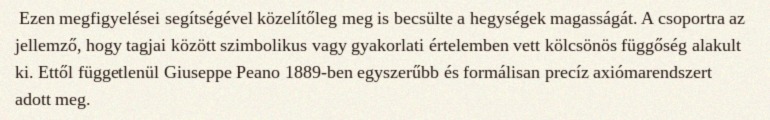
Ezen megfigyelései segítségével közelítőleg meg is becsülte a hegységek magasságát. A csoportra az jellemző, hogy tagjai között szimbolikus vagy gyakorlati értelemben vett kölcsönös függőség alakult ki. Ettől függetlenül Giuseppe Peano 1889-ben egyszerűbb és formálisan precíz axiómarendszert adott meg.